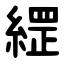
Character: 䌉